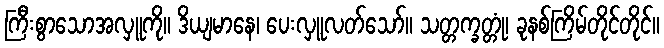
ကြီးစွာသောအလှူကို။ ဒိယျမာနေ၊ ပေးလှူလတ်သော်။ သတ္တက္ခတ္တုံ၊ ခုနစ်ကြိမ်တိုင်တိုင်။